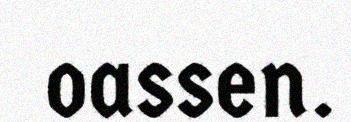
oassen.